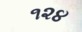
૧૨૪